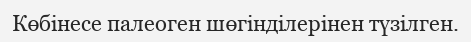
Көбінесе палеоген шөгінділерінен түзілген.